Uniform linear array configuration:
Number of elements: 64
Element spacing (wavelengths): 0.5
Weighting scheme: hann
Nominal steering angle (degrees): -30
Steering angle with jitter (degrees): -31.079
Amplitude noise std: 0.05
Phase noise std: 0.05

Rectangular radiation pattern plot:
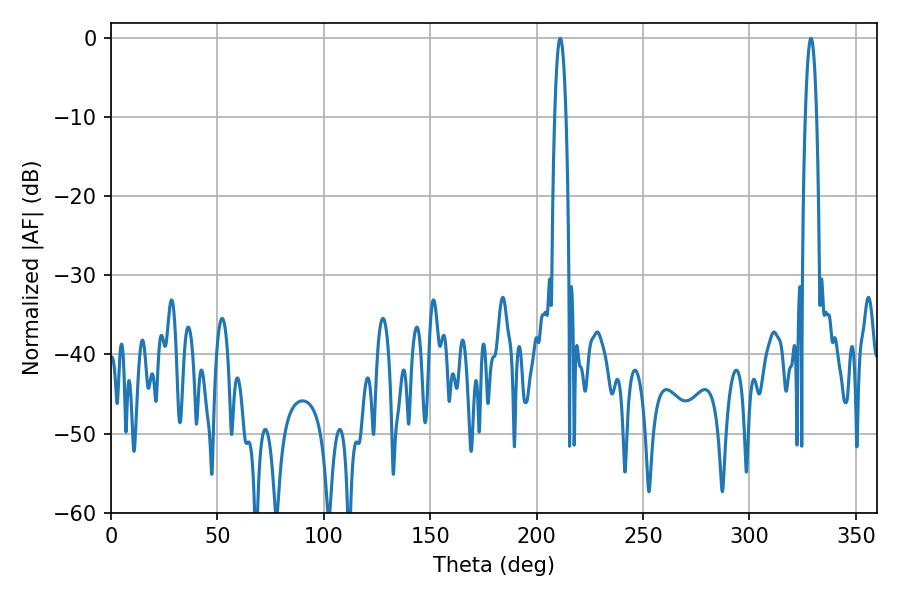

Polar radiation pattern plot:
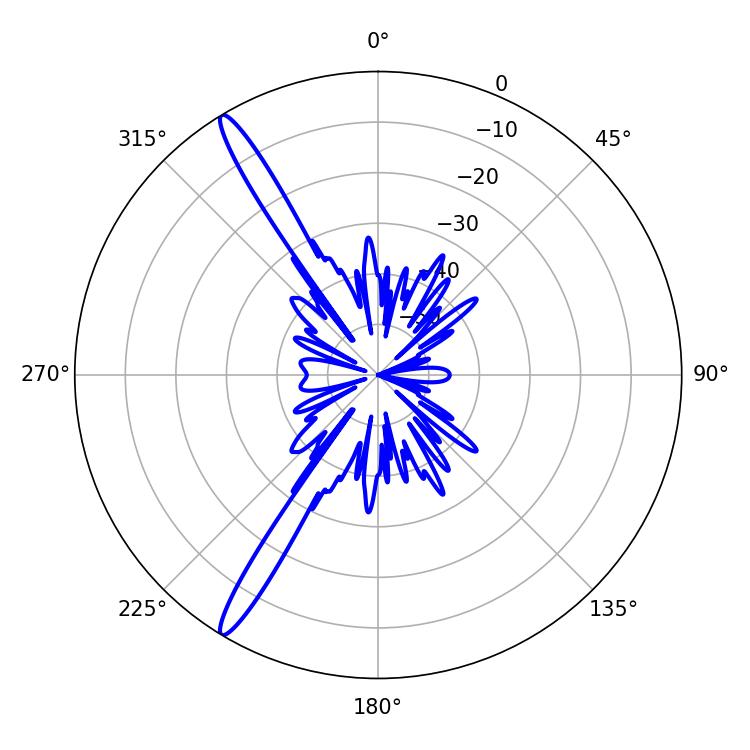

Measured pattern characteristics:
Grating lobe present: FALSE
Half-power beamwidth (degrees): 2.88
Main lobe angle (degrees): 328.86